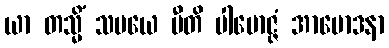
ယာ တသ္မိံ သမယေ ပီတိ ပါမောဇ္ဇံ အာမောဒနာ